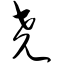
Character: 尧